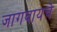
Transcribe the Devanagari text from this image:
जागवायचे